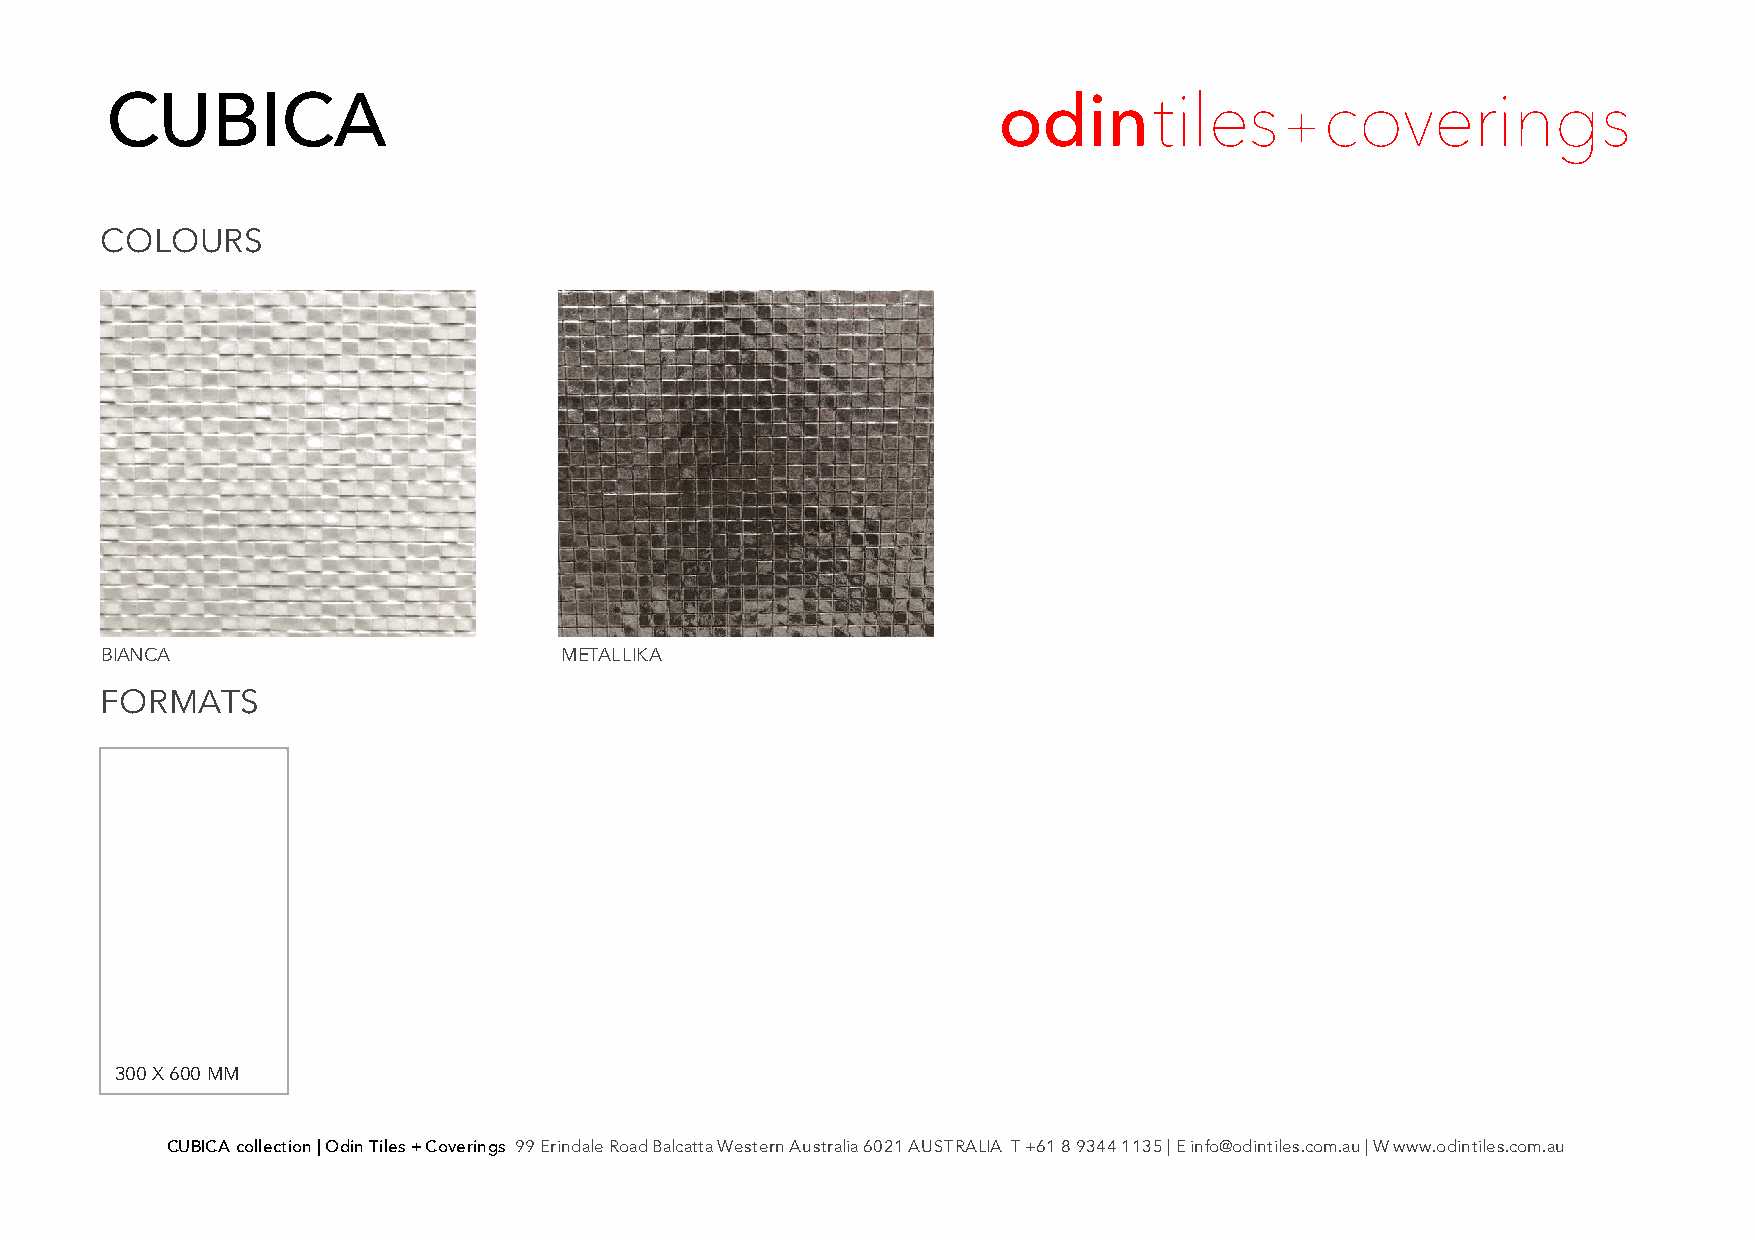
CUBICA                                                     odintiles             coverings
 +
 COLOURS
 BIANCA                        METALLIKA
 FORMATS
 300 X 600MM
 CUBICA collection | Odin Tiles + Coverings 99 Erindale Road Balcatta Western Australia 6021 AUSTRALIA T +61 8 9344 1135 | E info@odintiles.com.au | W www.odintiles.com.au